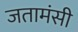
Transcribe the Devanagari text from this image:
जतामंसी